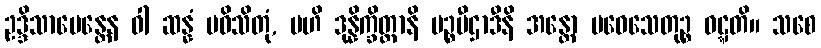
ဥဒ္ဒိသာပေန္တေန ဝါ ဆန္နံ ပဝိသိတုံ, ဗဟိ ဒုန္နိက္ခိတ္တာနိ မဉ္စပီဌာဒီနိ အန္တော ပဝေသေတုဉ္စ ဝဋ္ဋတိ။ သစေ